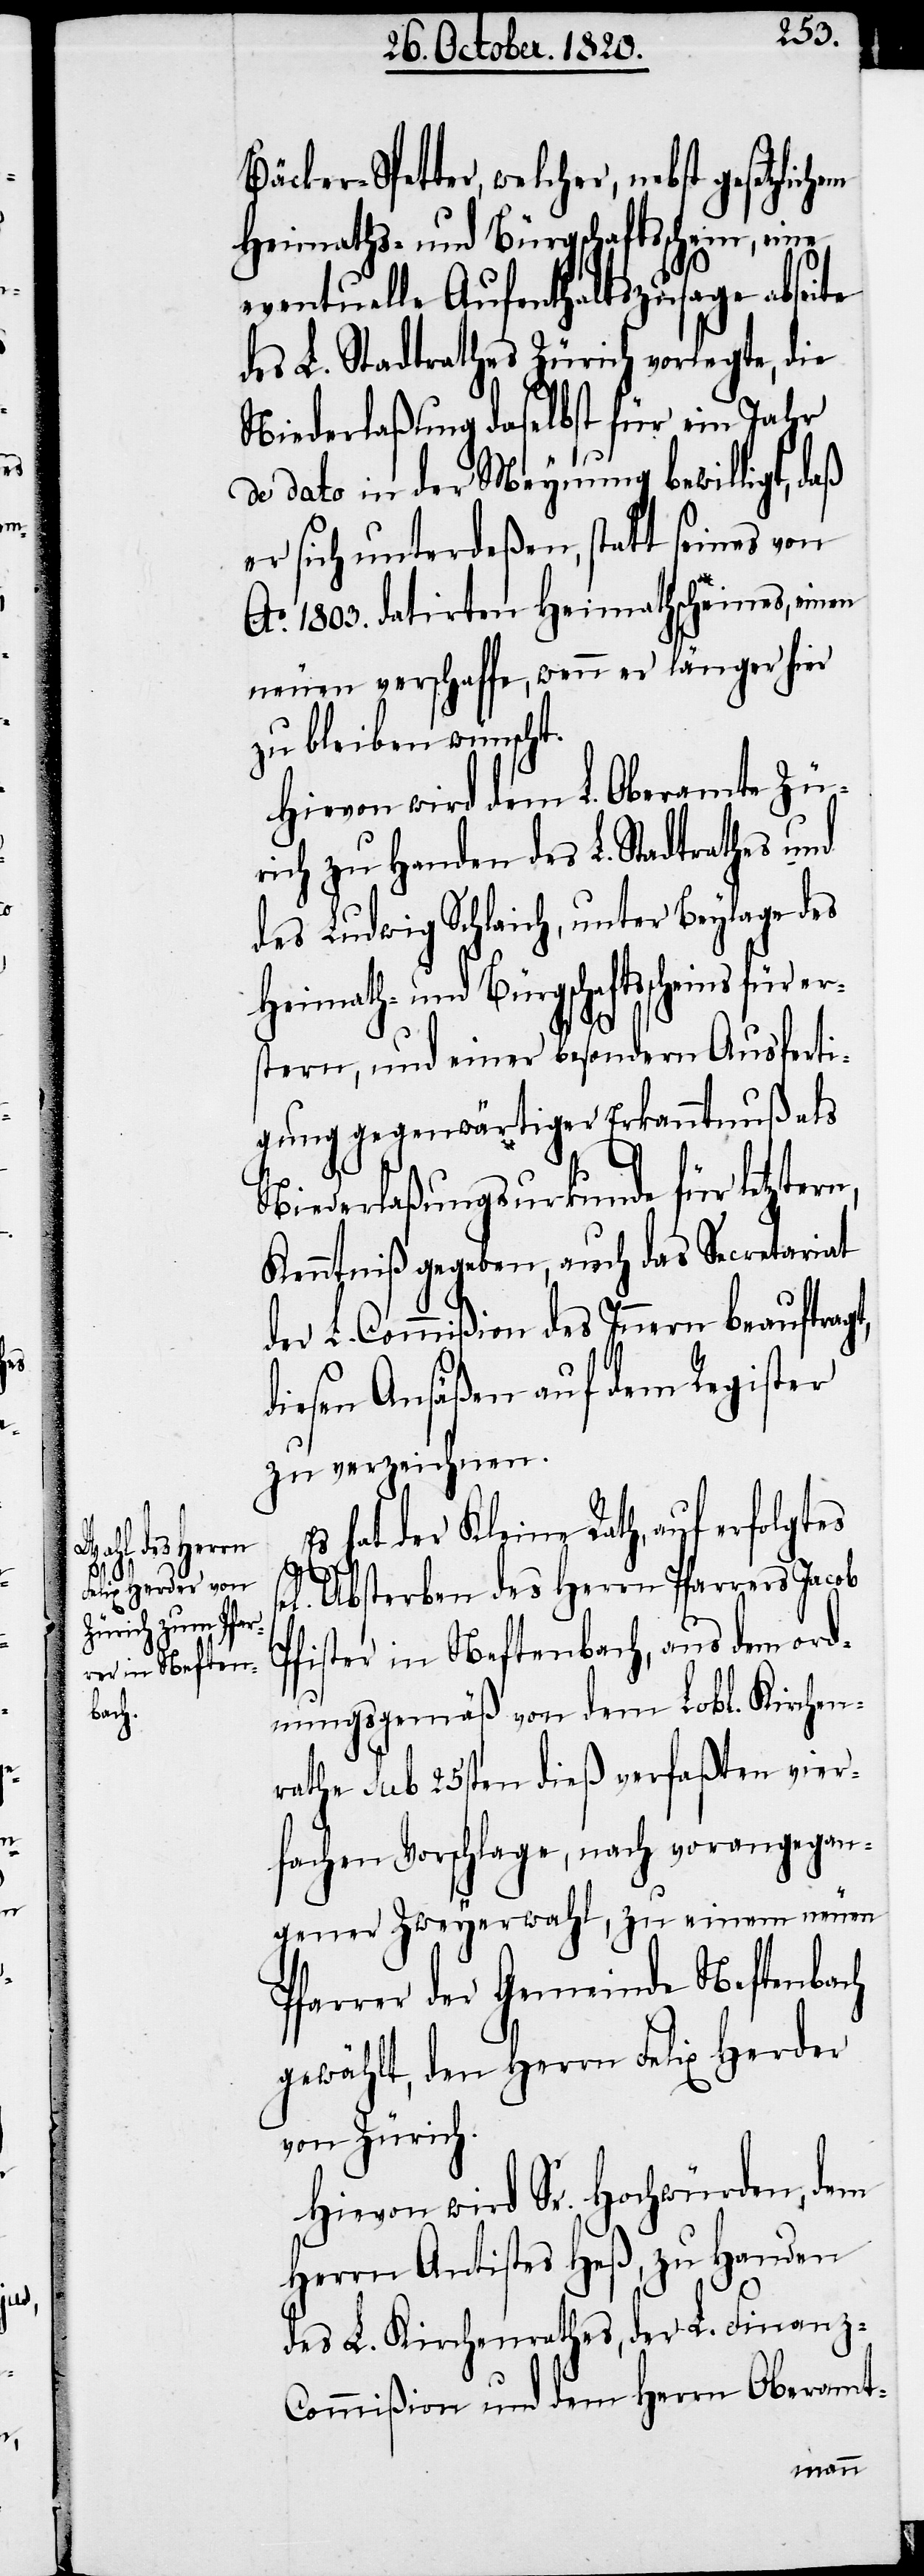
er¬

sel[ige¬

Heimaths- und Bürgschaftsschein, eine
eventuelle Aufenthaltszusage abseite
des L. Stadtrathes Zürich vorlegte, die
Niederlaßung daselbst für ein Jahr
de dato in der Meynung bewilligt, daß
er sich unterdeßen, statt seines von
Ao. 803. datirten Heimathscheines, einen
neuen verschaffe, wenn er länger hier
zu bleiben wünscht.
Hievon wird dem L. Oberamte Zü¬
rich zu Handen des L. Stadtrathes und
des Ludwig Schlaich, unter Beylage des
Heimath- und Bürgschaftsscheins für
stern, und einer besondern Ausferti¬
gung gegenwärtiger Erkanntnuß als
Niederlaßungsurkunde für letztern,
Kenntniß gegeben, auch das Secretariat
der L. Commißion des Innern beauftragt,
diesen Ansäßen auf dem Register
zu verzeichnen.
hat der Kleine Rath, auf erfolgtes
n]. Absterben des Herrn Pfarrers Jacob
Pfister in Neftenbach, aus dem ord¬
nungsgemäß von dem Lobl. Kirchen¬
rathe sub 25sten dieß verfaßten vier¬
fachen Vorschlage, nach vorangegan¬
gener Zweyerwahl, zu einem neuen
Pfarrer der Gemeinde Neftenbach
gewählt, den Herrn Felix Herder
von Zürich.
Hievon wird Sr. Hochwürden, dem
Herrn Antistes Heß, zu Handen
des L. Kirchenrathes, der L. Finanz-C¬
ommißion und dem Herrn Oberamt-